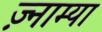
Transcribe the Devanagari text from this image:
ज़्नाम्या